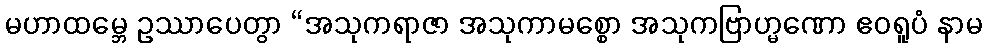
မဟာထမ္ဘေ ဥဿာပေတွာ “အသုကရာဇာ အသုကာမစ္စော အသုကဗြာဟ္မဏော ဧဝရူပံ နာမ